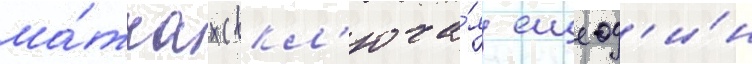
ма́тчах (вкл'юча́я еще од'и́н